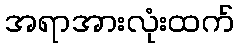
အရာအားလုံးထက်